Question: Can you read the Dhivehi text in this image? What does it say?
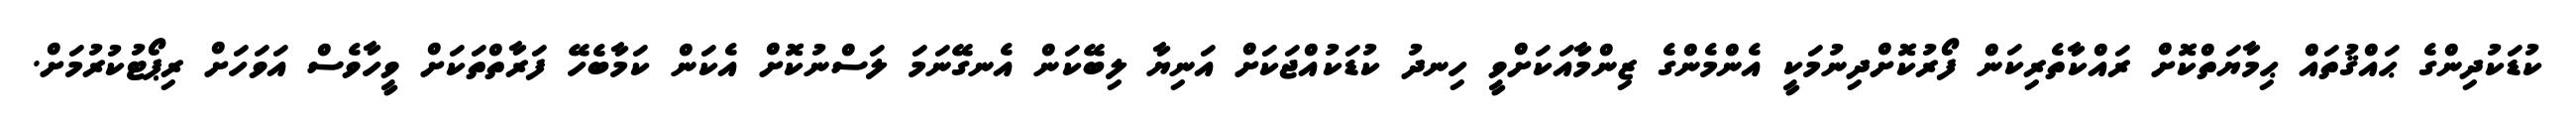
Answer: ކުޑަކުދިންގެ ޙައްޤުތައް ޙިމާޔަތްކޮށް ރައްކާތެރިކަން ފޯރުކޮށްދިނުމަކީ އެންމެންގެ ޒިންމާއަކަށްވީ ހިނދު ކުޑަކުއްޖަކަށް އަނިޔާ ލިބޭކަން އެނގޭނަމަ ލަސްނުކޮށް އެކަން ކަމާބެހޭ ފަރާތްތަކަށް ވީހާވެސް އަވަހަށް ރިޕޯޓުކުރުމަށް.